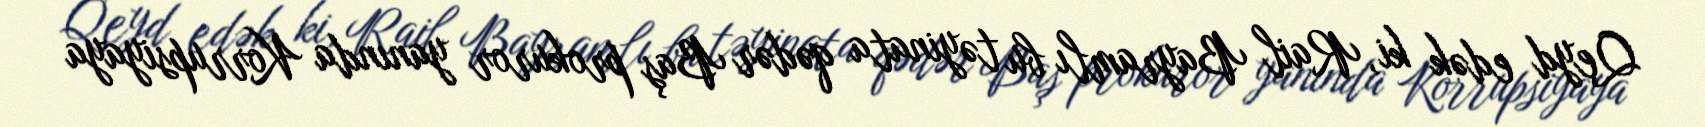
Qeyd edək ki, Rail Bayramlı bu təyinata qədər Baş prokuror yanında Korrupsiyaya